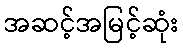
အဆင့်အမြင့်ဆုံး